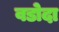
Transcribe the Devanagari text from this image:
वडोदा